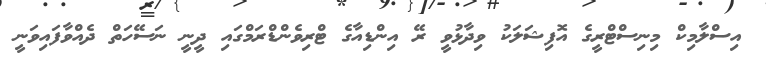
އިސްލާމިކް މިނިސްޓްރީގެ އޮފިޝަލަކު ވިދާޅުވީ ރޭ އިންޑިއާގެ ޓްރިވެންޑްރަމްގައި ދީނީ ނަސޭހަތް ދެއްވާފައިވަނީ